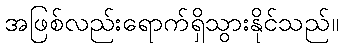
အဖြစ်လည်းရောက်ရှိသွားနိုင်သည်။